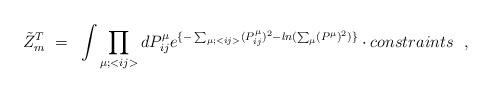
LaTeX: \begin{align*}{\tilde Z}_m^T~=~\int \prod_{\mu;<{ij}>} dP^{\mu}_{ij}e^{\{-\sum_{\mu;<{ij}>} (P^{\mu}_{ij})^2- ln(\sum_{\mu}(P^{\mu})^2) \}} \cdot {constraints}~~, \end{align*}